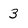
Character: 3